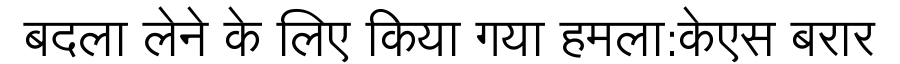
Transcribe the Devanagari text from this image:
बदला लेने के लिए किया गया हमला:केएस बरार